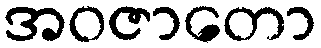
အဝဇာတော